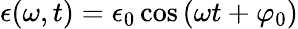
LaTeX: \epsilon(\omega,t)=\epsilon_{0}\cos{(\omega t+\varphi_{0})}